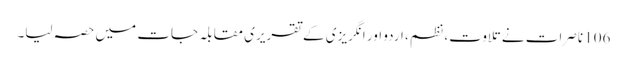
106 ناصرات نے تلاوت، نظم ، اردو اور انگریزی کے تقریری مقابلہ جات میں حصہ لیا۔